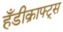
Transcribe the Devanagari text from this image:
हँडीक्राफ्ट्स